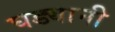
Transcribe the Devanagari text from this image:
घड्यानी